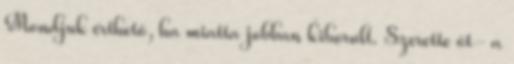
Mondjuk érthető, ha miatta jobban kiborult. Szerette őt- a